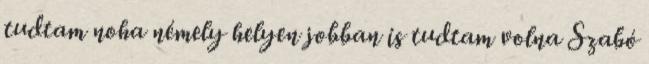
tudtam noha némely helyen jobban is tudtam volna Szabó